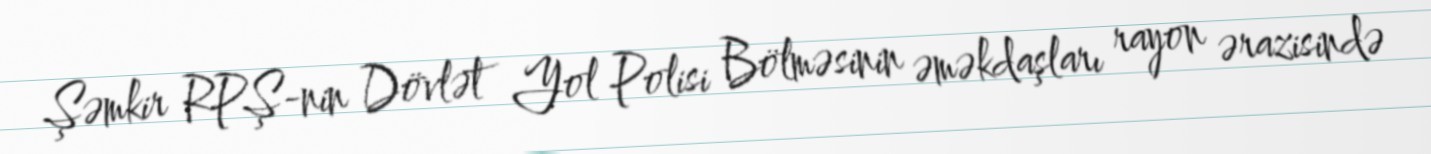
Şəmkir RPŞ-nin Dövlət Yol Polisi Bölməsinin əməkdaşları rayon ərazisində